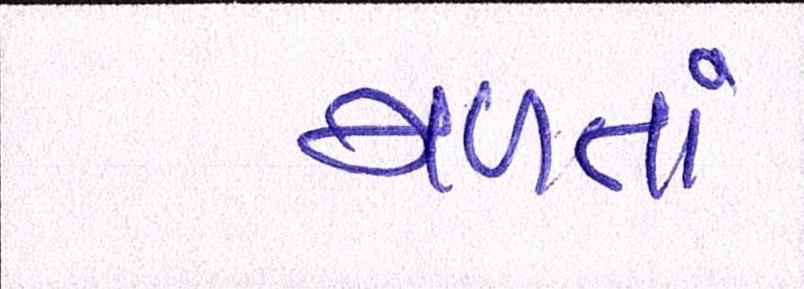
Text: મળતાં